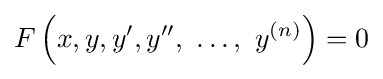
F\left(x,y,y',y'',\ \ldots ,\ y^{(n)}\right)=0